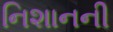
નિશાનની